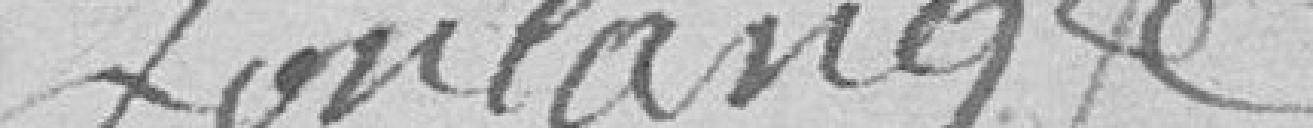
Boulange